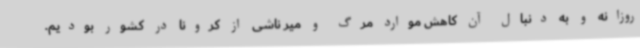
روزانه و به دنبال آن کاهش موارد مرگ و میر ناشی از کرونا در کشور بودیم.